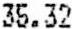
35.32